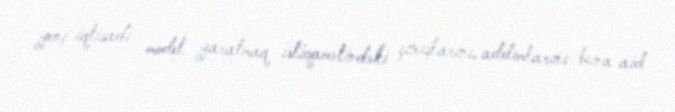
yeni iqtisadi model yaratmaq istiqamətindəki çıxışlarını, addımlarını buna aid